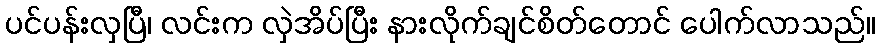
ပင်ပန်းလှပြီ၊ လင်းက လှဲအိပ်ပြီး နားလိုက်ချင်စိတ်တောင် ပေါက်လာသည်။